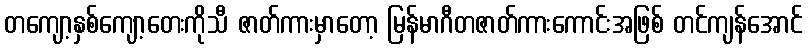
တကျော့နှစ်ကျော့တေးကိုသီ ဇာတ်ကားမှာတော့ မြန်မာဂီတဇာတ်ကားကောင်းအဖြစ် တင်ကျန်အောင်